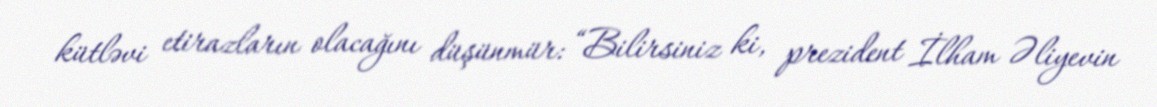
kütləvi etirazların olacağını düşünmür: “Bilirsiniz ki, prezident İlham Əliyevin